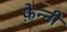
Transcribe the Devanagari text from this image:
फ़ेन्नी